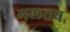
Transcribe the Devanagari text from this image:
मलतब